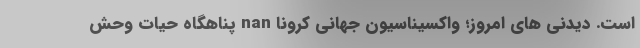
است. دیدنی های امروز؛ واکسیناسیون جهانی کرونا nan پناهگاه حیات وحش